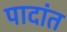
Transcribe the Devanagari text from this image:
पादांत